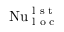
\mathrm { N u } _ { \textrm { l o c } } ^ { \textrm { l s t } }